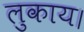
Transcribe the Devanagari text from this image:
लुकाय।